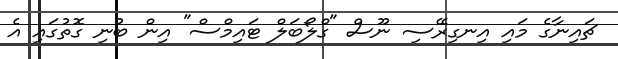
ޗައިނާގެ މައި އިނގިރޭސި ނޫސް "ގްލޯބަލް ޓައިމްސް" އިން ބުނި ގޮތުގައި އެ